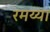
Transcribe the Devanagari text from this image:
रमय्या